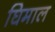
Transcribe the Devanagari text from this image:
घिमाल